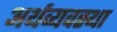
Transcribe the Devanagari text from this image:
अर्थव्यवस्‍था